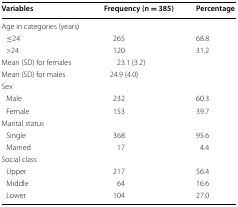
<table><thead><tr><td><b>Variables</b></td><td><b>Frequency (n = 385)</b></td><td><b>Percentage</b></td></tr></thead><tbody><tr><td colspan="3">Age in categories (years)</td></tr><tr><td> ≤24</td><td>265</td><td>68.8</td></tr><tr><td> &gt;24</td><td>120</td><td>31.2</td></tr><tr><td>Mean (SD) for females</td><td>23.1 (3.2)</td><td></td></tr><tr><td>Mean (SD) for males</td><td>24.9 (4.0)</td><td></td></tr><tr><td colspan="3">Sex</td></tr><tr><td> Male</td><td>232</td><td>60.3</td></tr><tr><td> Female</td><td>153</td><td>39.7</td></tr><tr><td colspan="3">Marital status</td></tr><tr><td> Single</td><td>368</td><td>95.6</td></tr><tr><td> Married</td><td>17</td><td>4.4</td></tr><tr><td colspan="3">Social class</td></tr><tr><td> Upper</td><td>217</td><td>56.4</td></tr><tr><td> Middle</td><td>64</td><td>16.6</td></tr><tr><td> Lower</td><td>104</td><td>27.0</td></tr></tbody></table>